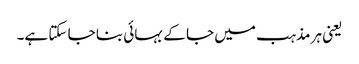
یعنی ہر مذہب میں جا کے بہائی بنا جا سکتا ہے۔